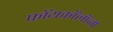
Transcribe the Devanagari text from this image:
फॉयकॉलॉजी